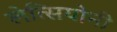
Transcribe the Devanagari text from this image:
लेत्सियोनी